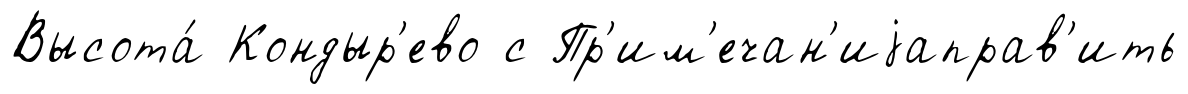
Высота́ Кондыр'ево с Пр'им'ечан'иjаправ'ить